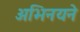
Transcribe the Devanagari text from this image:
अभिनयने